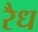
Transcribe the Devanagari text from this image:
रैध